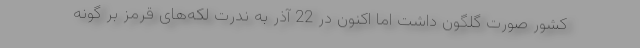
کشور صورت گلگون داشت اما اکنون در 22 آذر به ندرت لکه‌های قرمز بر گونه